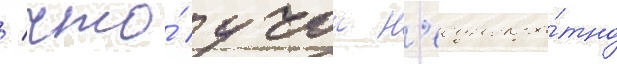
/ что́ учок н'еоднокра́тно